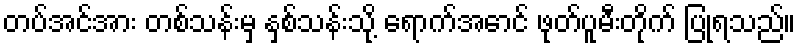
တပ်အင်အား တစ်သန်းမှ နှစ်သန်းသို့ ရောက်အောင် ဖုတ်ပူမီးတိုက် ပြုရသည်။